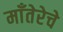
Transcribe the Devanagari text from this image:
माँतेरेचे